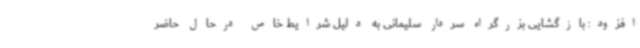
افزود: بازگشایی بزرگراه سردار سلیمانی به دلیل شرایط خاص درحال حاضر